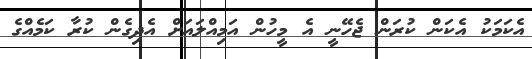
އެކަމަކު އެކަން ކުރަން ޖެހޭނީ އެ މީހުން އަމިއްލައަށް އެދިގެން ކުރާ ކަމެއްގެ